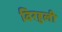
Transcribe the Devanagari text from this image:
विरहुली